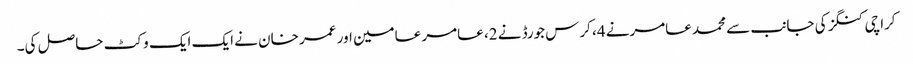
کراچی کنگز کی جانب سے محمد عامرنے 4، کرس جورڈ نے 2، عامر عامین اور عمر خان نے ایک ایک وکٹ حاصل کی۔